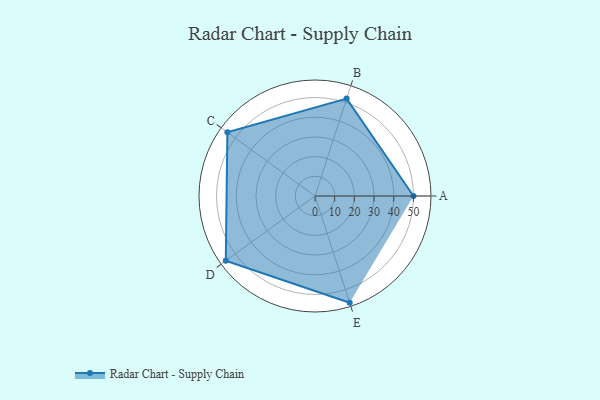
{"axis": {"x": "Skill", "y": "Score"}, "legend": ["Profile"], "data": [{"x": "A", "y": 50.0, "type": "Profile"}, {"x": "B", "y": 52.0, "type": "Profile"}, {"x": "C", "y": 55.0, "type": "Profile"}, {"x": "D", "y": 56.0, "type": "Profile"}, {"x": "E", "y": 57.0, "type": "Profile"}]}